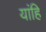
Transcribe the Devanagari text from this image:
यांहि